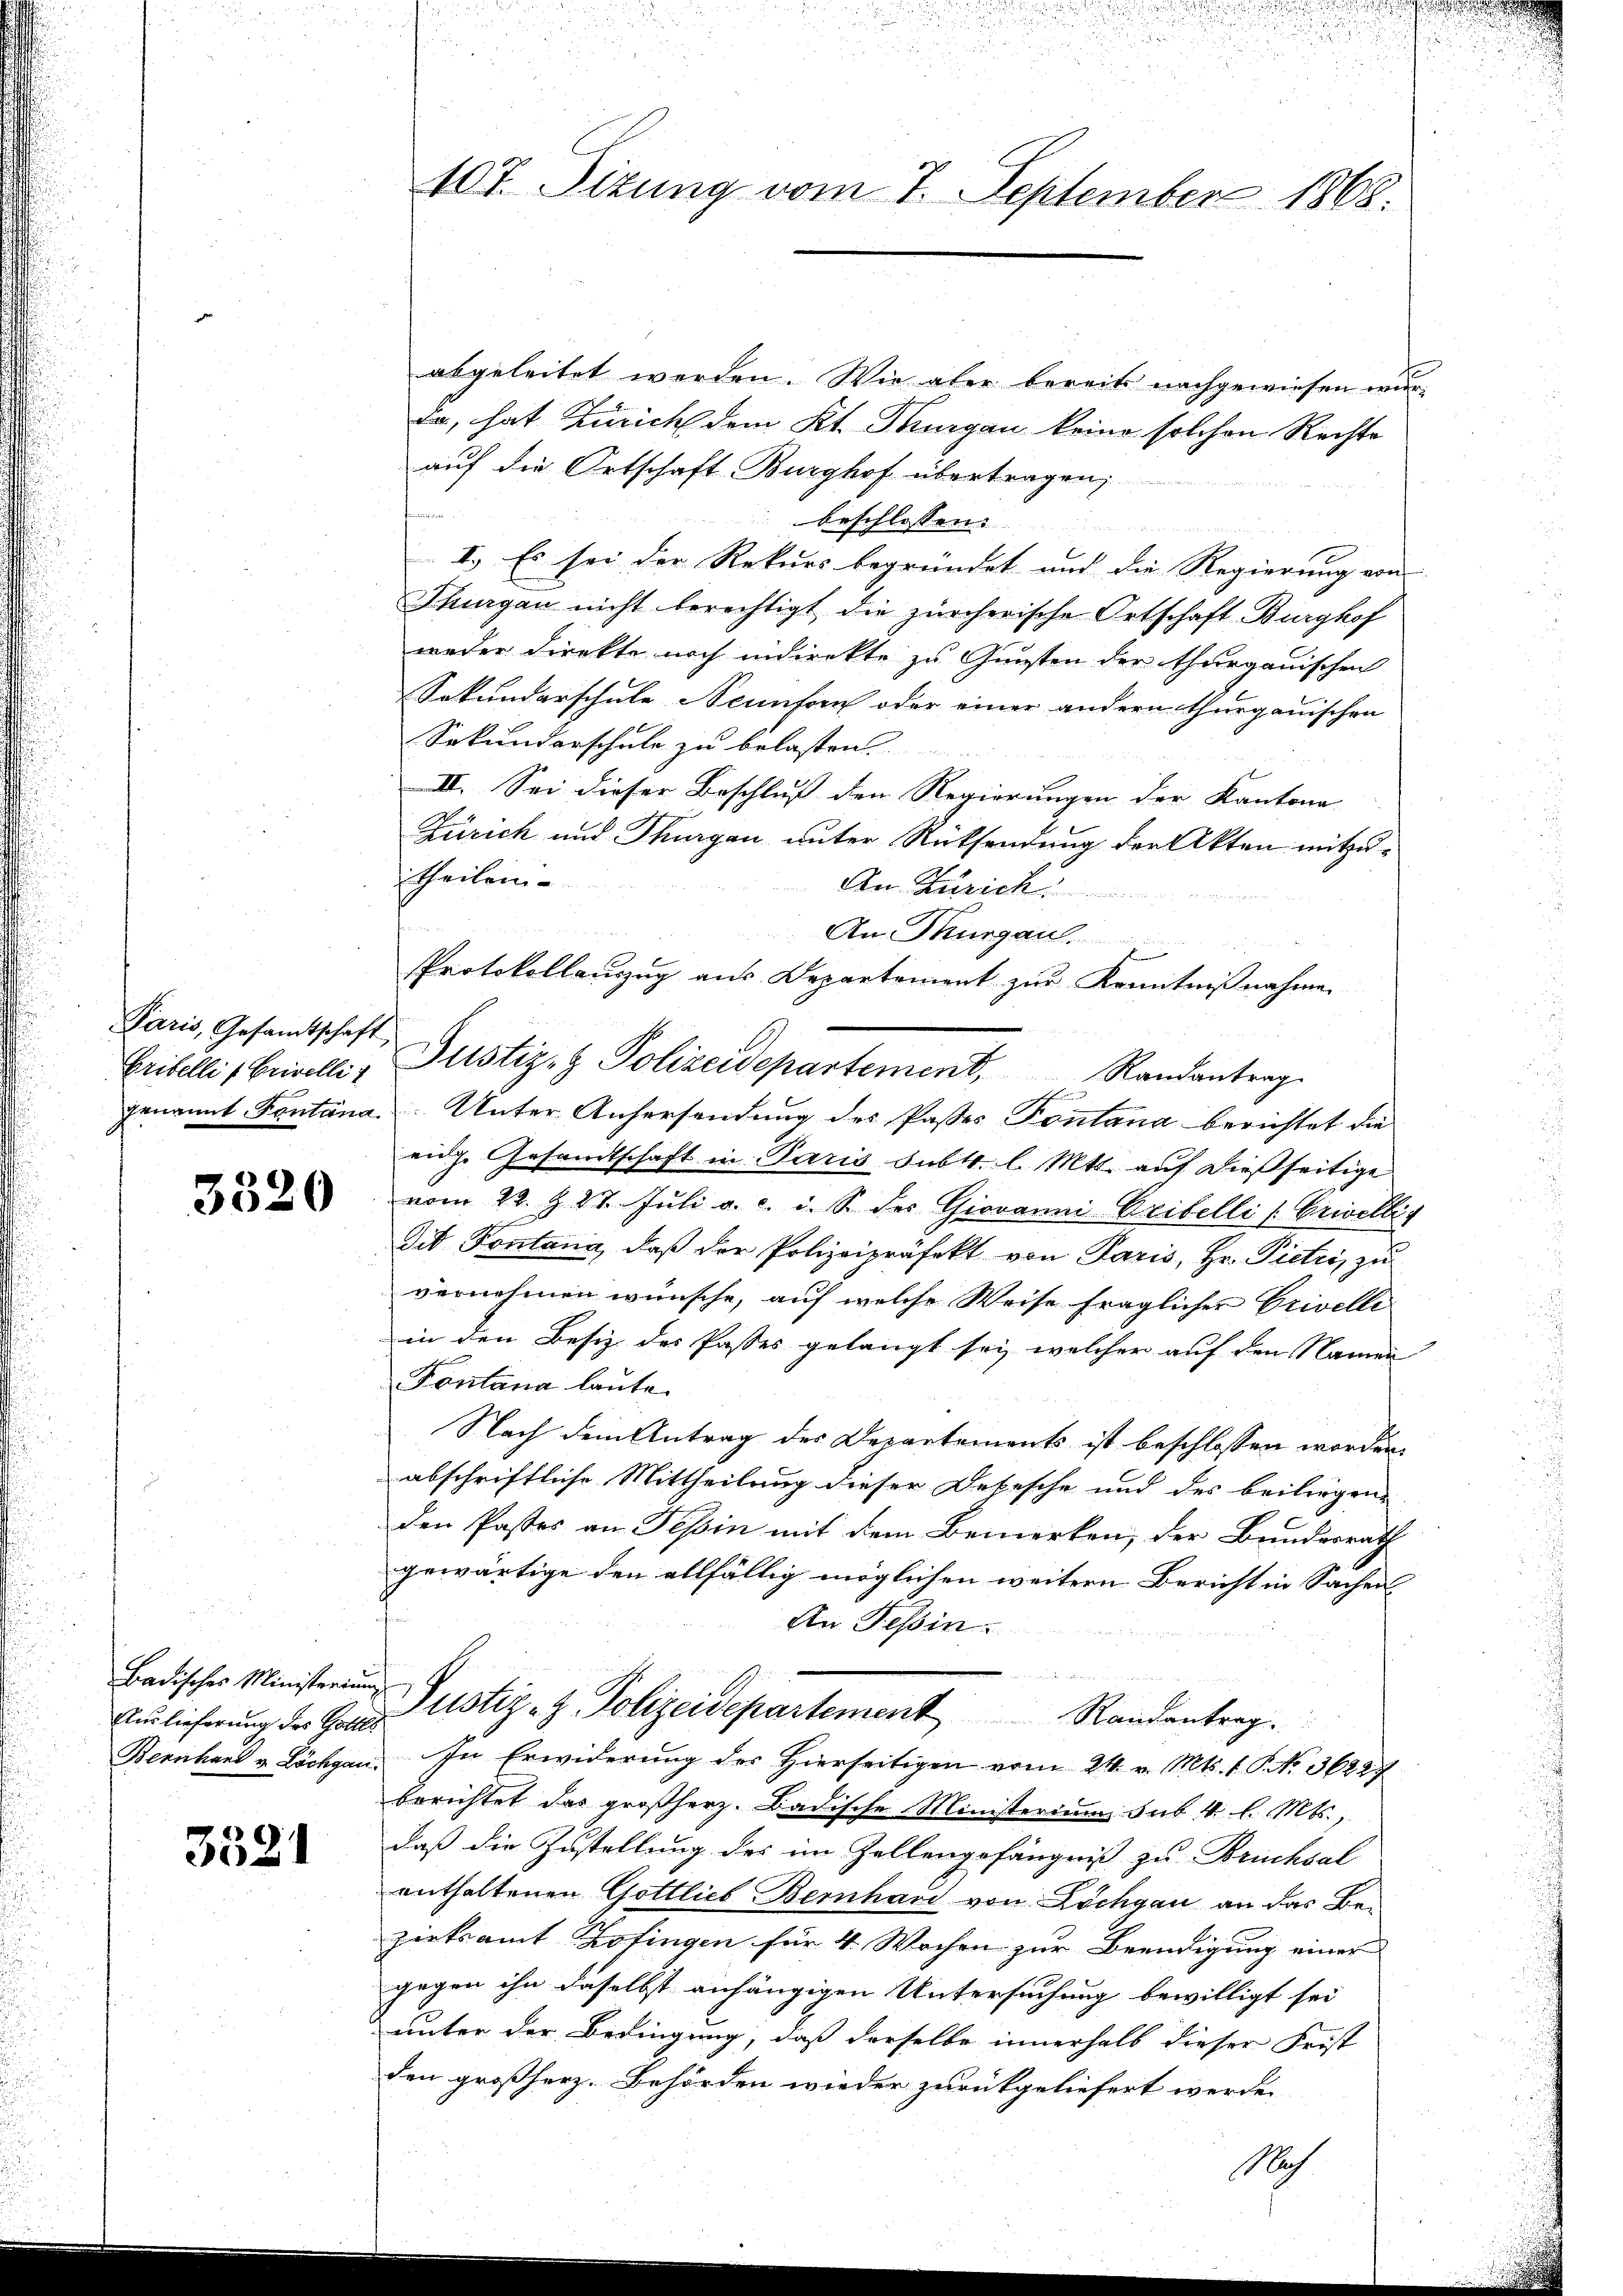
Paris, Gesandtschaft

3320

Badisches Ministerium

3521

abgeleitet werden. Wie aber bereits nachgewiesen wur¬
Da, hat Zürich dem Kt. Thurgau keine solchen Rechte
auf die Ortschaft Burghof übertragen;
beschlossen:
u
I.) Es sei der Rekurs begründet und die Regierung von
Thurgau nicht berechtigt, die zürcherische Ortschaft Burghof
weder Direkte noch indirekte zu Gunsten der thurgauischen
Sekundarschule Neunforn oder einer andern thurgauischen
Sekundarschule zu belasten
II. Sei dieser Beschluß den Regierungen der Kantone
Zürich und Thurgau unter Rücksendung der Akten mitzu¬
Theilein
An Zürich
An Thurgau.
Genannt Fontana Unter Aufersendung des Passes Pontana berichtet die
eige Gesandtschaft in Paris subst. l. Mtt. auf dießseitige
vom 22. § 27 Juli a. c. i. S. der Giovanni Aribelli (Crivellig
Tit. Pontana, daβ der Polizeipräfekt von Paris, Hr. Pietri, zu
vernehmen wünsche, auf welche Weise fraglicher Crivelle
in den Besiz des Passes gelangt sei, welcher auf den Namen
Fontana laute.
Nach dem Antrag der Departements ist beschlossen worden.
abschriftliche Mittheilung dieser Depesche und des beiliegen
den Pastes an Tessin mit dem Bemerken, der Bundesrath
gewärtige den allfällig möglichen weitern Bericht in Sachen
f
An Tessin.
Anlieferung der Haustiz- & Polizeidepartement Randantrag.
Bernhard v. Löchgan. In Erwiderung des Hierseitigen vom 24. v. Mts. 1 S. No. 36227
berichtet das großherz. Badische Ministerium sub 4 l. Mts.,
daß die Zustellung des im Zellengefängniß zu Bruchsal
enthaltenen Gottlieb Bernhaus von Löchgau an das Bezirksamt Hofingen für 4 Wochen zur Beendigung einer
gegen ihn daselbst anhängigen Untersuchung bewilligt sei
unter der Bedingung, daß derselbe innerhalb dieser Frist
den großherz. Behörden wieder zurückgeliefert werde.
Nach

107. Sizung vom 7. September 1868.

Protokollanzug aus Departement zur Kenntnißnahme
Eribelli 1 Brinelli, Justiz- & Polizeidepartement, Randantrag